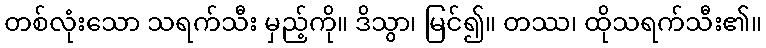
တစ်လုံးသော သရက်သီး မှည့်ကို။ ဒိသွာ၊ မြင်၍။ တဿ၊ ထိုသရက်သီး၏။